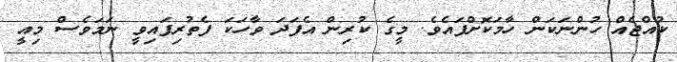
ކުއްޖެއް ހުންނަކަން ހާމަކޮށްފައެވެ. މީގެ ކުރިން އެފަދަ ވާހަކަ ފެތުރިފައިވީ ނަމަވެސް މިއީ